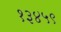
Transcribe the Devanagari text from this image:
१३४५९